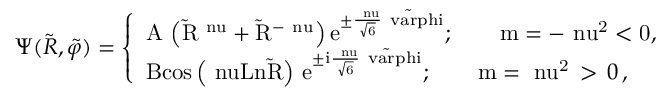
\Psi ( \tilde { R } , \tilde { \varphi } ) = \left\{ \begin{array} { l } { { \mathrm { A \, \left( \tilde { R } ^ { \ n u } + \tilde { R } ^ { - \ n u } \right) e ^ { \pm \frac { \ n u } { \sqrt { 6 } } \tilde { \ v a r p h i } } } ; \qquad \mathrm { m = - \ n u ^ { 2 } < 0 , } } } \\ { { \mathrm { B c o s \left( \ n u L n \tilde { R } \right) \, e ^ { \pm i \frac { \ n u } { \sqrt { 6 } } \tilde { \ v a r p h i } } } ; \qquad \mathrm { m = \ n u ^ { 2 } } \, > \, 0 \, , } } \end{array} \right.